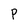
Character: P